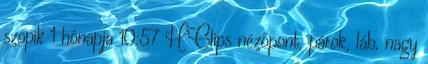
szopik 1 hónapja 10:57 HClips nézőpont, párok, láb, nagy